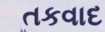
તકવાદ